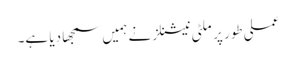
عملی طور پر ملٹی نیشنلز نے ہمیں سمجھا دیا ہے۔